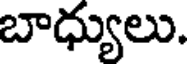
బాధ్యులు.